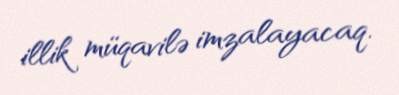
illik müqavilə imzalayacaq.